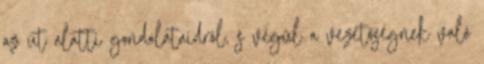
az út alatti gondolataidról, s végül a vezetőségnek való